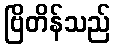
ဗြိတိန်သည်